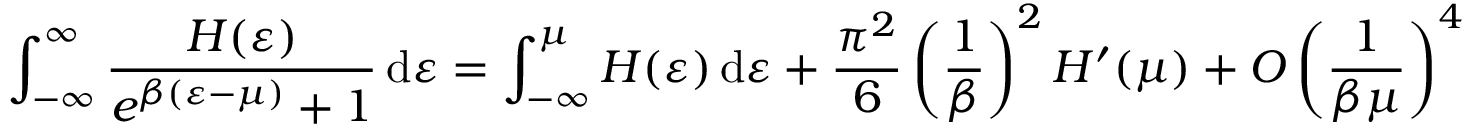
\int _ { - \infty } ^ { \infty } { \frac { H ( \varepsilon ) } { e ^ { \beta ( \varepsilon - \mu ) } + 1 } } \, \mathrm { d } \varepsilon = \int _ { - \infty } ^ { \mu } H ( \varepsilon ) \, \mathrm { d } \varepsilon + { \frac { \pi ^ { 2 } } { 6 } } \left( { \frac { 1 } { \beta } } \right) ^ { 2 } H ^ { \prime } ( \mu ) + O \left( { \frac { 1 } { \beta \mu } } \right) ^ { 4 }